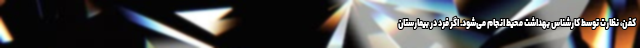
کفن، نظارت توسط کارشناس بهداشت محیط انجام می‌شود. اگر فرد در بیمارستان